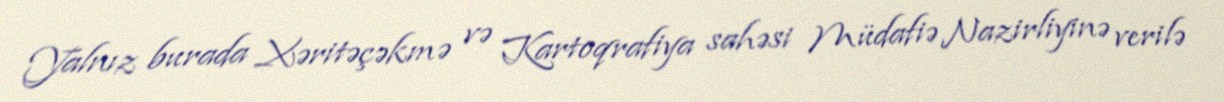
Yalnız burada Xəritəçəkmə və Kartoqrafiya sahəsi Müdafiə Nazirliyinə verilə